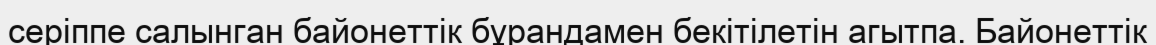
серіппе салынган байонеттік бұрандамен бекітілетін агытпа. Байонеттік